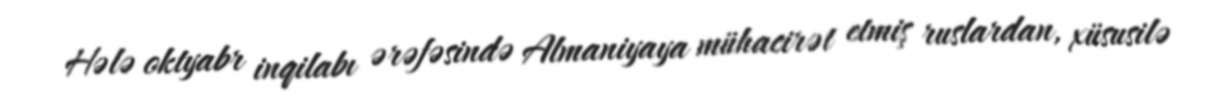
Hələ oktyabr inqilabı ərəfəsində Almaniyaya mühacirət etmiş ruslardan, xüsusilə